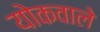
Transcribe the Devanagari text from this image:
योकवाले